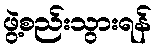
ဖွဲ့စည်းသွားရန်